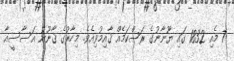
7 މެއި 1832 ގައި ޔޫނާނުގެ ރަސްކަމެއް ޤާއިމުވިއެވެ. މިހާރުގެ ޤާނޫނު އަސާސީއާ